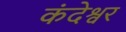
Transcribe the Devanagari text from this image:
कंदेश्वर